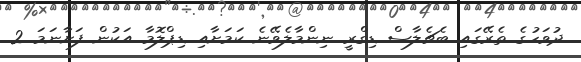
ދުވަހުގެ ތެރޭގައި ބެޗެލާސް ޑިގްރީ ނިންމާލެވޭނެ ކަމަށާއި ޑިޕްލޮމާ އަކުން ފަށާނަމަ 2